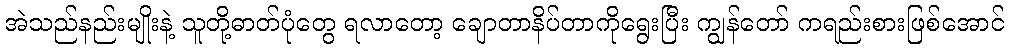
အဲသည်နည်းမျိုးနဲ့ သူတို့ဓာတ်ပုံတွေ ရလာတော့ ချောတာနိပ်တာကိုရွေးပြီး ကျွန်တော် ကရည်းစားဖြစ်အောင်